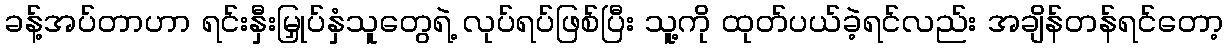
ခန့်အပ်တာဟာ ရင်းနှီးမြှုပ်နှံသူတွေရဲ့ လုပ်ရပ်ဖြစ်ပြီး သူ့ကို ထုတ်ပယ်ခဲ့ရင်လည်း အချိန်တန်ရင်တော့